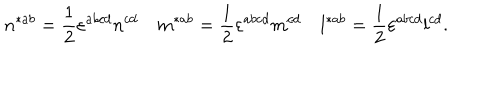
n ^ { * a b } = \frac 1 2 \varepsilon ^ { a b c d } n ^ { c d } \quad m ^ { * a b } = \frac 1 2 \varepsilon ^ { a b c d } m ^ { c d } \quad l ^ { * a b } = \frac 1 2 \varepsilon ^ { a b c d } l ^ { c d } .